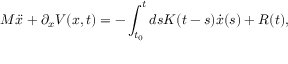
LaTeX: M \ddot { x } + \partial _ { x } V ( x , t ) = - \int _ { t _ { 0 } } ^ { t } d s K ( t - s ) \dot { x } ( s ) + R ( t ) ,